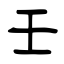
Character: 壬